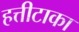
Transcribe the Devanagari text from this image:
हत्तीटाका